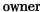
owner